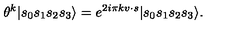
\theta ^ { k } | s _ { 0 } s _ { 1 } s _ { 2 } s _ { 3 } \rangle = e ^ { 2 i \pi k v \cdot s } | s _ { 0 } s _ { 1 } s _ { 2 } s _ { 3 } \rangle .